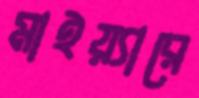
মাইয়্যারে